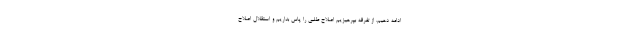
ادامه دهیم. از تفرقه بپرهیزیم اصلاح طلبی را پاس بداریم و استقلال اصلاح